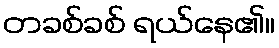
တခစ်ခစ် ရယ်နေ၏။